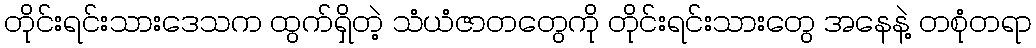
တိုင်းရင်းသားဒေသက ထွက်ရှိတဲ့ သံယံဇာတတွေကို တိုင်းရင်းသားတွေ အနေနဲ့ တစုံတရာ